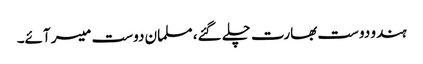
ہندو دوست بھارت چلے گئے، مسلمان دوست میسر آئے۔